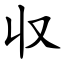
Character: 収